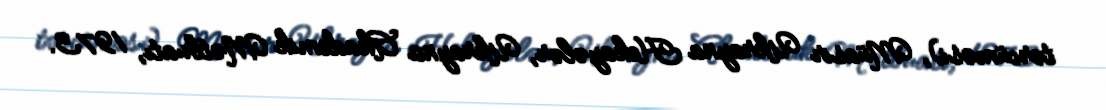
tərcüməsi), Müasir Ukrayna Hekayələr, Ukrayna Akademik Mətbuatı, 1973.